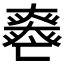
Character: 𡚏